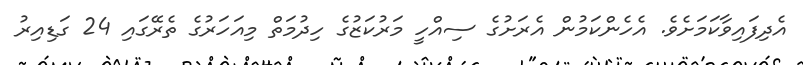
އެދިފައިވާކަމަށެވެ. އެހެންކަމުން އެރަށުގެ ސިއްހީ މަރުކަޒުގެ ހިދުމަތް މިއަހަރުގެ ތެރޭގައި 24 ގަޑިއިރު